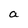
Character: a